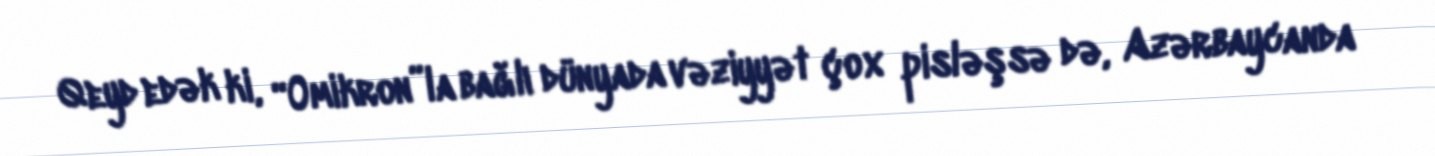
Qeyd edək ki, “Omikron”la bağlı dünyada vəziyyət çox pisləşsə də, Azərbaycanda